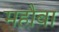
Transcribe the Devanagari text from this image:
महौबा